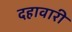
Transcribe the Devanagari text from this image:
दहावारी